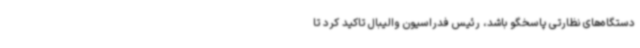
دستگاه‌های نظارتی پاسخگو باشد، رئیس فدراسیون والیبال تاکید کرد تا